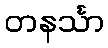
တနင်္သာ